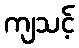
ကျသင့်